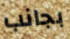
بجانب